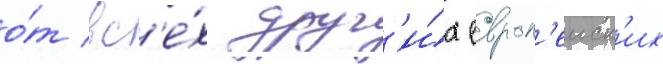
о́т вс'е́х друг'и́х европ'еиск'их